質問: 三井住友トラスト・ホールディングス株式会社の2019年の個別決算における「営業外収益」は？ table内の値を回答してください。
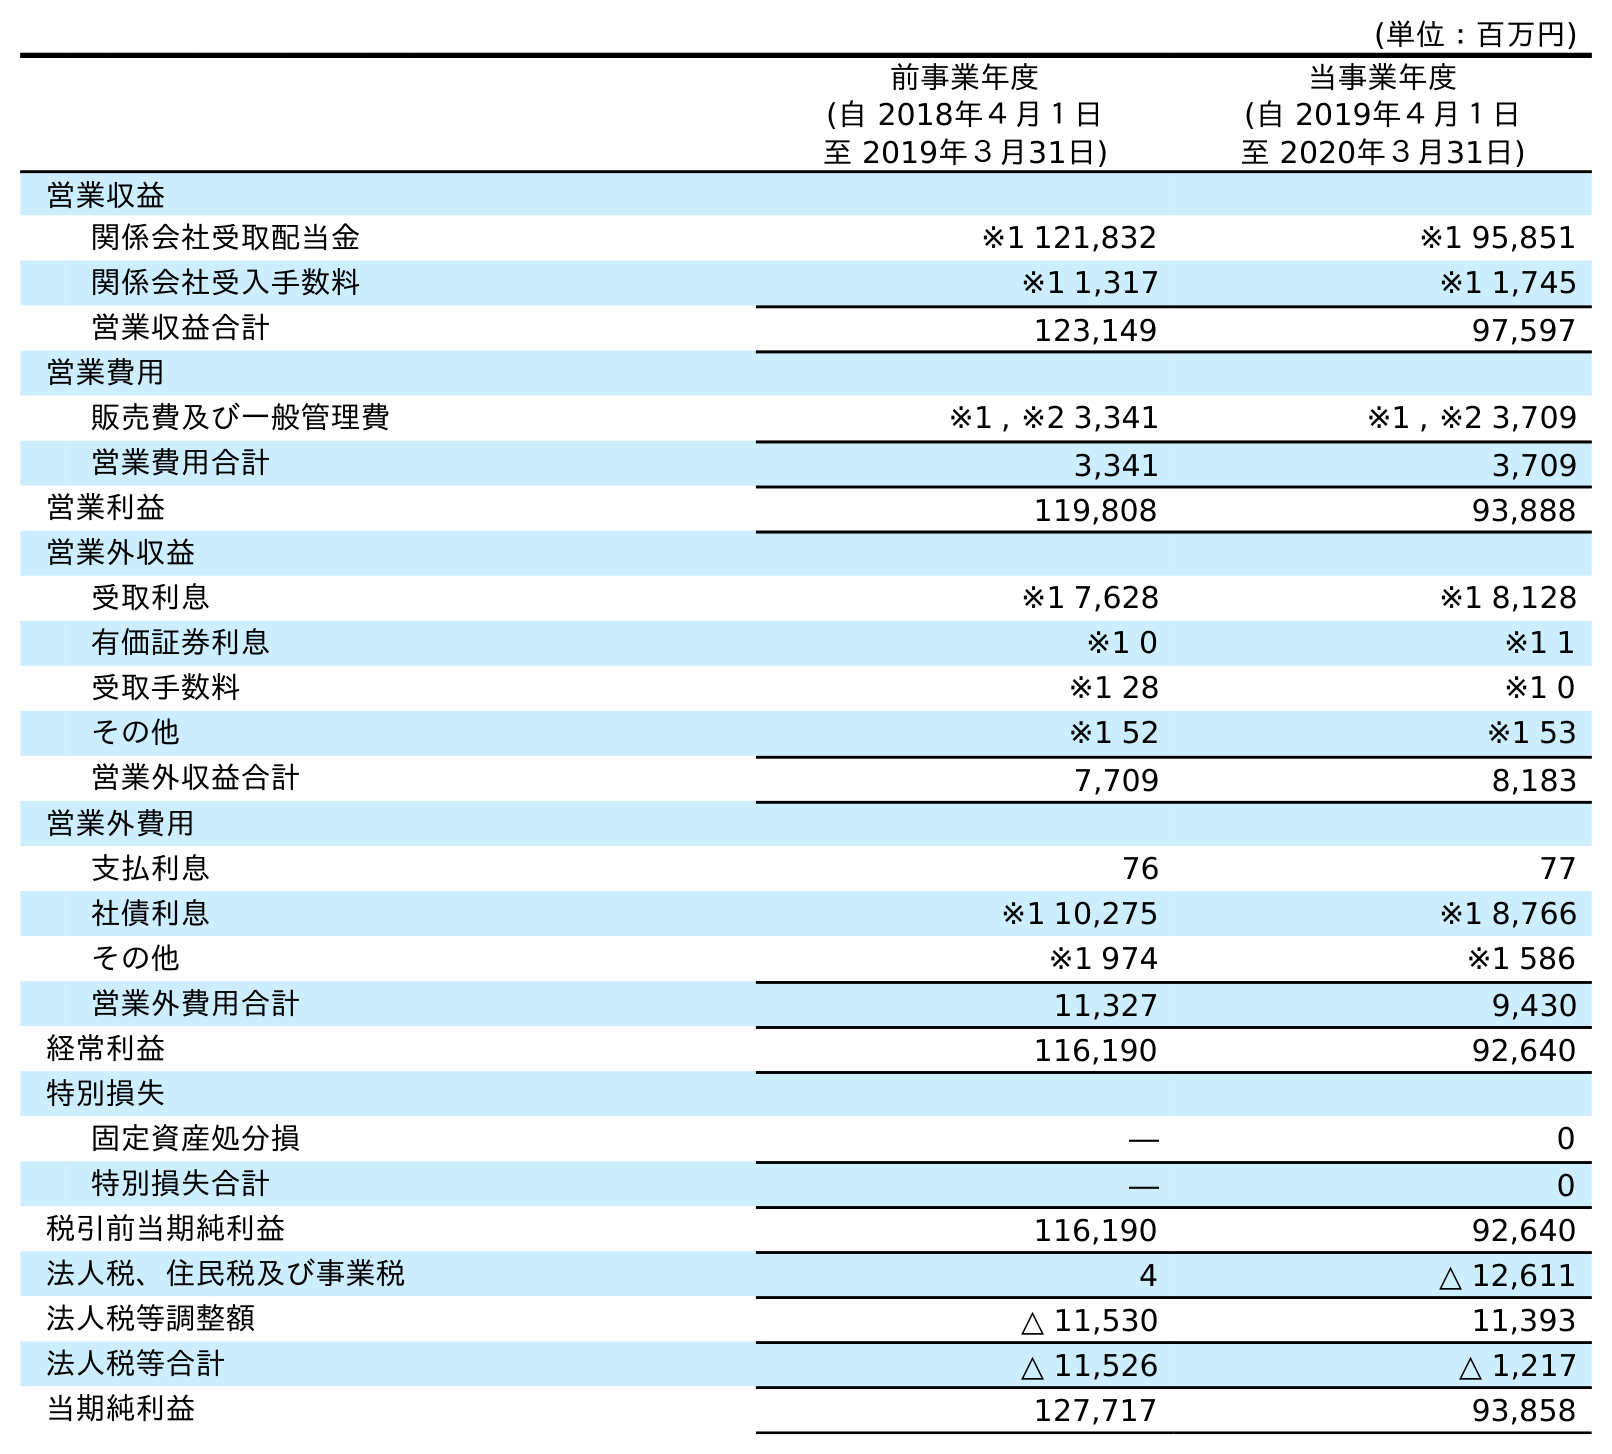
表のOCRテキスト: (単位：百万円) 前事業年度 (自 2018年４月１日 至 2019年３月31日) 当事業年度 (自 2019年４月１日 至 2020年３月31日) 営業収益 関係会社受取配当金 ※1 121,832 ※1 95,851 関係会社受入手数料 ※1 1,317 ※1 1,745 営業収益合計 123,149 97,597 営業費用 販売費及び一般管理費 ※1 , ※2 3,341 ※1 , ※2 3,709 営業費用合計 3,341 3,709 営業利益 119,808 93,888 営業外収益 受取利息 ※1 7,628 ※1 8,128 有価証券利息 ※1 0 ※1 1 受取手数料 ※1 28 ※1 0 その他 ※1 52 ※1 53 営業外収益合計 7,709 8,183 営業外費用 支払利息 76 77 社債利息 ※1 10,275 ※1 8,766 その他 ※1 974 ※1 586 営業外費用合計 11,327 9,430 経常利益 116,190 92,640 特別損失 固定資産処分損 ― 0 特別損失合計 ― 0 税引前当期純利益 116,190 92,640 法人税、住民税及び事業税 4 △ 12,611 法人税等調整額 △ 11,530 11,393 法人税等合計 △ 11,526 △ 1,217 当期純利益 127,717 93,858
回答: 7,709